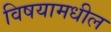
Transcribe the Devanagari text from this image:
विषयामधील